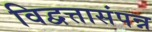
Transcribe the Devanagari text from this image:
विद्वत्तासंपन्न